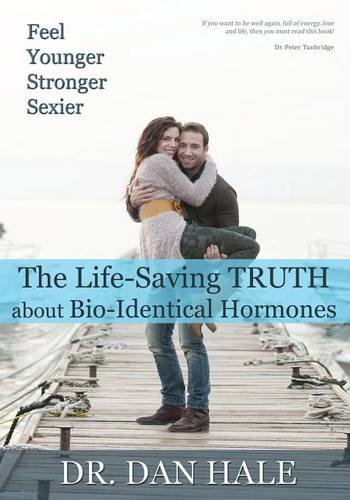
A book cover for Feel Younger, Stronger, Sexier: The Truth about Bio-Identical Hormones; Dan Hale; Medical Books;